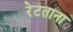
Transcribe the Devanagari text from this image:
रेटताना